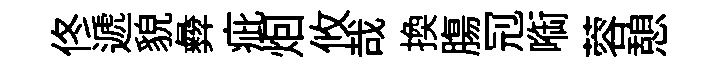
佟遞貌彜疵𤇆攸哉換膓𠜍㗸蓉憩